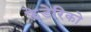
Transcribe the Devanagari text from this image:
फ़े़डेरिको